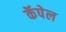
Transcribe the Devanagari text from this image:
कॅपेल